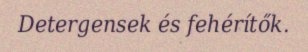
Detergensek és fehérítők.